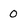
Character: 0